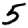
Digit: 5